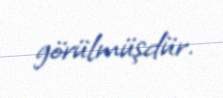
görülmüşdür.